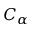
C _ { \alpha }